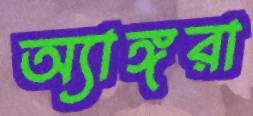
অ্যাঙ্গরা